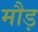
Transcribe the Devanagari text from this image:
मौड़